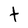
Character: t